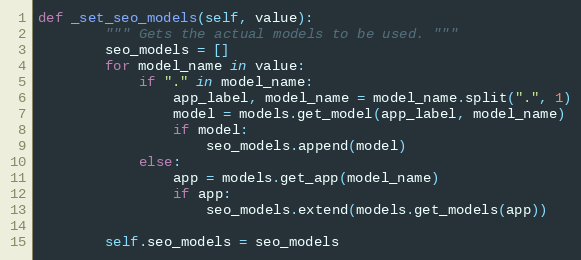
Language: Python
def _set_seo_models(self, value):
        """ Gets the actual models to be used. """
        seo_models = []
        for model_name in value:
            if "." in model_name:
                app_label, model_name = model_name.split(".", 1)
                model = models.get_model(app_label, model_name)
                if model:
                    seo_models.append(model)
            else:
                app = models.get_app(model_name)
                if app:
                    seo_models.extend(models.get_models(app))

        self.seo_models = seo_models